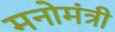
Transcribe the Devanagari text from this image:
मनोमंत्री